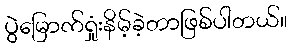
ပွဲမြောက်ရှုံးနိမ့်ခဲ့တာဖြစ်ပါတယ်။